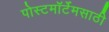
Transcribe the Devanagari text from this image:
पोस्टमॉर्टेमसाठी